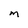
Character: M